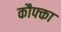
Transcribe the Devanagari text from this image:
कौफ्का